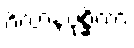
ဂိလာနပုစ္ဆိကာ